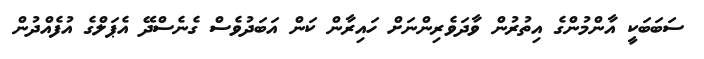
ސަބަބަކީ އާންމުންގެ އިތުރުން ވާދަވެރިންނަށް ހައިރާން ކަން އަބަދުވެސް ގެނެސްދޭ އެޕަލްގެ އުފެއްދުން